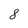
Character: 8